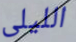
الليلى